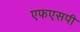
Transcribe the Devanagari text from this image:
एफएसपी